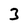
Character: 3